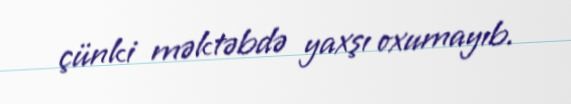
çünki məktəbdə yaxşı oxumayıb.